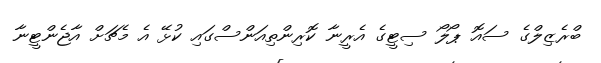
ބްރެޒިލްގެ ސައޮ ޕޯލޯ ސިޓީގެ އެރީނާ ކޮރިންތިއަންސްގައި ކުޅޭ އެ މެޗަށް އާޖެންޓީނާ